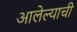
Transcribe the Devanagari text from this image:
आलेल्याची